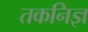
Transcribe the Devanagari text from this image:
तकनिज्ञ